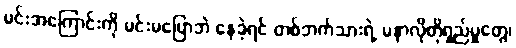
မင်းအကြောင်းကို မင်းမပြောဘဲ နေခဲ့ရင် တစ်ဘက်သားရဲ့ မနာလိုတိုရှည်မှုတွေ၊